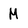
Character: M